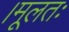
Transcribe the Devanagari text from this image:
।मूलतः